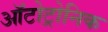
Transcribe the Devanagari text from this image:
ऑटोट्रोनिक